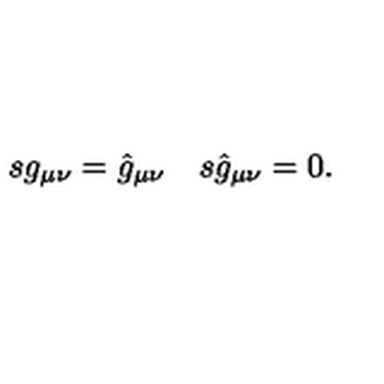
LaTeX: \begin{array} { l l } { s g _ { \mu \nu } = \hat { g } _ { \mu \nu } } & { s \hat { g } _ { \mu \nu } = 0 . } \\ \end{array}